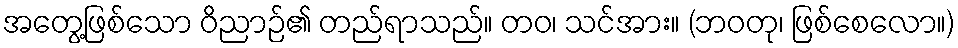
အတွေ့ဖြစ်သော ဝိညာဉ်၏ တည်ရာသည်။ တဝ၊ သင်အား။ (ဘဝတု၊ ဖြစ်စေလော။)